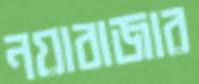
নয়াবাজার